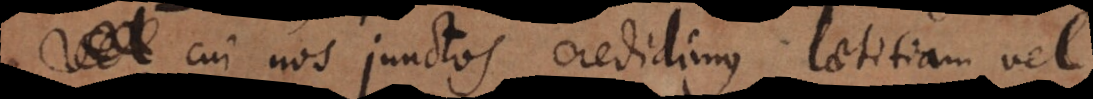
cui nos junctos credidimus laetitiam vel